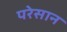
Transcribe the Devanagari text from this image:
परेसान